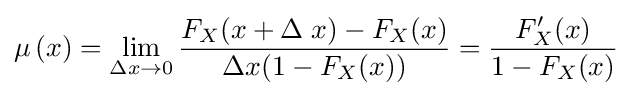
\mu \,(x)=\lim _{\Delta x\rightarrow 0}{\frac {F_{X}(x+\Delta \;x)-F_{X}(x)}{\Delta x(1-F_{X}(x))}}={\frac {F'_{X}(x)}{1-F_{X}(x)}}